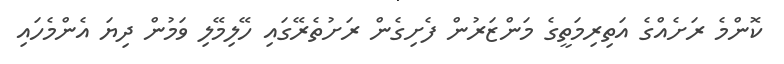
ކޮންމެ ރަށެއްގެ އަތިރިމަތީގެ މަންޒަރުން ފެށިގެން ރަށުތެރޭގައި ހޭލިމޭލި ވަމުން ދިޔަ އެންމެހައި